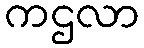
ကဌလာ